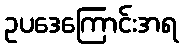
ဥပဒေကြောင်းအရ